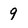
Character: 9